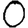
Digit: 0